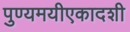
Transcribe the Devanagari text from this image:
पुण्यमयीएकादशी